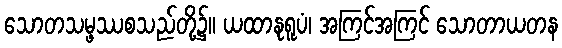
သောတသမ္ဖဿစသည်တို့၌။ ယထာနုရူပံ၊ အကြင်အကြင် သောတာယတန